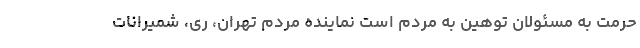
حرمت به مسئولان توهین به مردم است نماینده مردم تهران، ری، شمیرانات